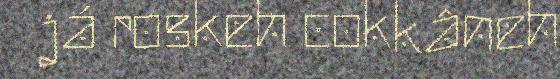
já roskeh cokkâneh